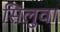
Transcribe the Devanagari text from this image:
सिलुवा